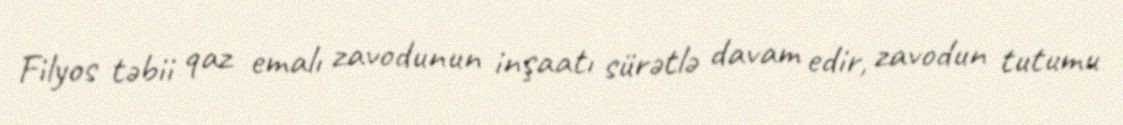
Filyos təbii qaz emalı zavodunun inşaatı sürətlə davam edir, zavodun tutumu